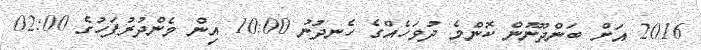
2016 އަށް ބަންދުނޫން ކޮންމެ ދުވަހެއްގެ ހެނދުނު 10:00 އިން މެންދުރުފަހުގެ 02:00